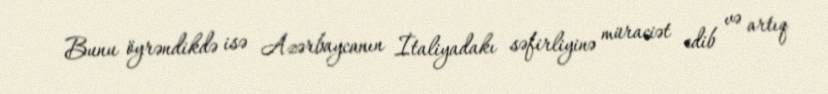
Bunu öyrəndikdə isə Azərbaycanın İtaliyadakı səfirliyinə müraciət edib və artıq